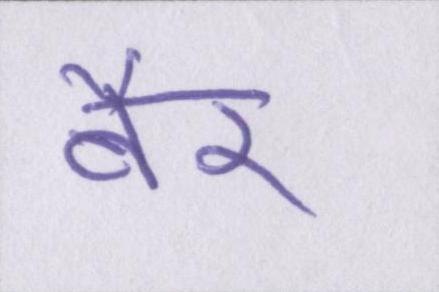
बैर